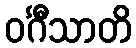
ဝင်္ဂီသာတိ